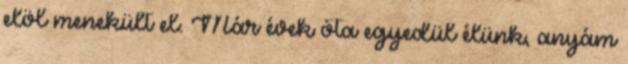
elöl menekült el. Már évek óta egyedül élünk, anyám